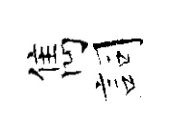
雋詞